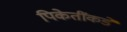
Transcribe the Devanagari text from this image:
पिकेतींकडे